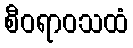
စီဝရာဝသထံ